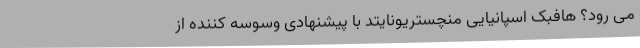
می رود؟ هافبک اسپانیایی منچستریونایتد با پیشنهادی وسوسه کننده از